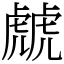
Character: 虤